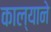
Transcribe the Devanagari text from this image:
काल्याने